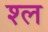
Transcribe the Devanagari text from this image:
श्‍ल